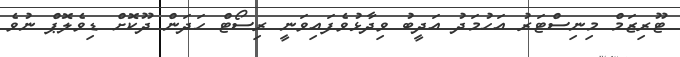
ޓޫރިޒަމް މިނިސްޓަރު އަހުމަދު އަދީބު ވިދާޅުވެފައިވަނީ ރިސޯޓް ހަދަން ދޫކޮށް ޑިވެލޮޕް ނުވެ